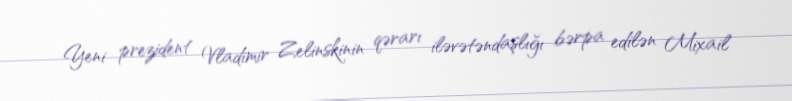
Yeni prezident Vladimir Zelinskinin qərarı iləvətəndaşlığı bərpa edilən Mixail